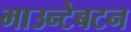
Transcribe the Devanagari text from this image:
माउन्टेबटन